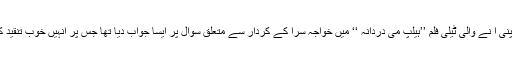
یاسر حسین نے اپنی آ نے والی ٹیلی فلم ’’ہیلپ می دردانہ ‘‘ میں خواجہ سرا کے کردار سے متعلق سوال پر ایسا جواب دیا تھا جس پر انہیں خوب تنقید کا سامنا کرنا پڑا۔